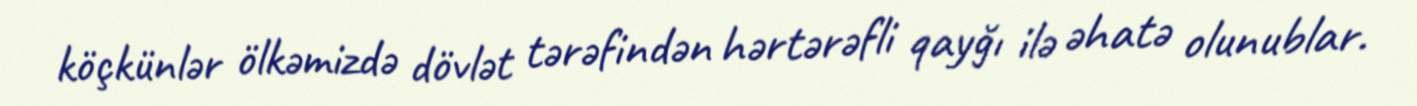
köçkünlər ölkəmizdə dövlət tərəfindən hərtərəfli qayğı ilə əhatə olunublar.